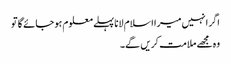
اگر انہیں میرا اسلام لانا پہلے معلوم ہو جائے گا تو
وہ مجھے ملامت کریں گے۔